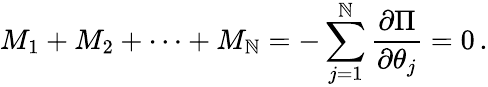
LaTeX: M_{1}+M_{2}+\cdots+M_{\mathbb{N}}=-\sum_{j=1}^{\mathbb{N}}\frac{{\partial\Pi}}{{\partial\theta_{j}}}=0\, .